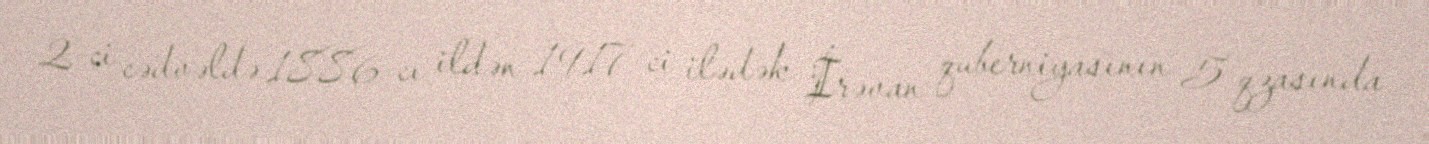
2-ci cədvəldə 1886-cı ildən 1917-ci ilədək İrəvan quberniyasının 5 qzasında